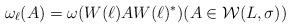
LaTeX: \begin{align*} \omega_{\ell}(A) = \omega(W(\ell)AW(\ell)^*) (A \in \mathcal{W}(L,\sigma))\end{align*}